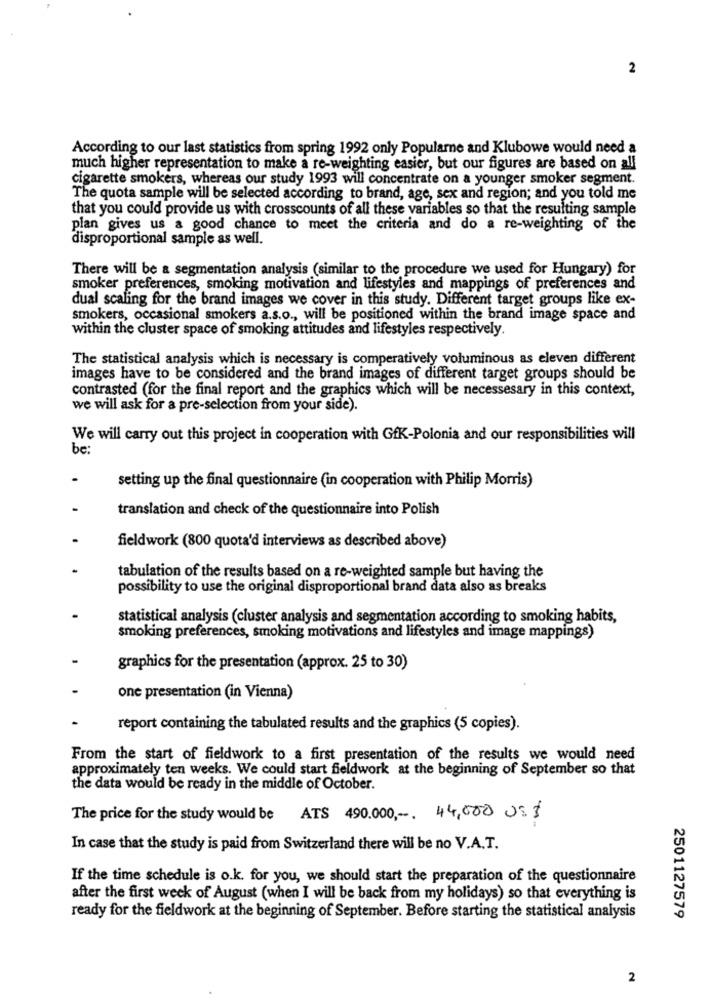
2
According to our last statistics from spring 1992 only Popularne and Klubowe would need a
much higher representation to make a re-weighting easier, but our figures are based on all
cigarette smokers, whereas our study 1993 will concentrate on a younger smoker segment.
The quota sample will be selected according to brand, age, sex and region; and you told me
that you could provide us with crosscounts of all these variables so that the resulting sample
plan gives us a good chance to meet the criteria and do a re-weighting of the
disproportional sample as well.
There will be a segmentation analysis (similar to the procedure we used for Hungary) for
smoker preferences, smoking motivation and lifestyles and mappings of preferences and
dual scaling for the brand images we cover in this study. Different target groups like ex-
smokers, occasional smokers a.s.o ., will be positioned within the brand image space and
within the cluster space of smoking attitudes and lifestyles respectively.
The statistical analysis which is necessary is comperatively voluminous as eleven different
images have to be considered and the brand images of different target groups should be
contrasted (for the final report and the graphics which will be necessesary in this context,
we will ask for a pre-selection from your side).
We will carry out this project in cooperation with GfK-Polonia and our responsibilities will
be:
setting up the final questionnaire (in cooperation with Philip Morris)
translation and check of the questionnaire into Polish
fieldwork (800 quota'd interviews as described above)
tabulation of the results based on a re-weighted sample but having the
possibility to use the original disproportional brand data also as breaks
statistical analysis (cluster analysis and segmentation according to smoking habits,
smoking preferences, smoking motivations and lifestyles and image mappings)
graphics for the presentation (approx. 25 to 30)
one presentation (in Vienna)
report containing the tabulated results and the graphics (5 copies).
From the start of fieldwork to a first presentation of the results we would need
approximately ten weeks. We could start fieldwork at the beginning of September so that
the data would be ready in the middle of October.
The price for the study would be
ATS 490.000 ,-. 44,000 US$
In case that the study is paid from Switzerland there will be no V.A.T.
If the time schedule is o.k. for you, we should start the preparation of the questionnaire
after the first week of August (when I will be back from my holidays) so that everything is
ready for the fieldwork at the beginning of September. Before starting the statistical analysis
2501127579
2